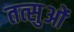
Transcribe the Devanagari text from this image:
तत्सुओं